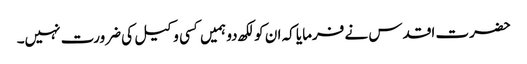
حضرت اقدس نے فرمایا کہ ان کو لکھ دو ہمیں کسی وکیل کی ضرورت نہیں۔